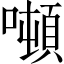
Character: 噸